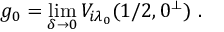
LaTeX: g _ { 0 } = \operatorname * { l i m } _ { \delta \rightarrow 0 } V _ { i \lambda _ { 0 } } ( 1 / 2 , 0 ^ { \perp } ) \, \, .